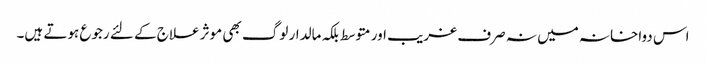
اس دواخانہ میں نہ صرف غریب اور متوسط بلکہ مالدار لوگ بھی موثر علاج کے لئے رجوع ہوتے ہیں۔